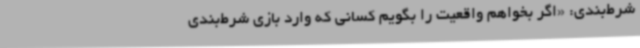
شرط‌بندی: «اگر بخواهم واقعیت را بگویم کسانی که وارد بازی شرط‌بندی